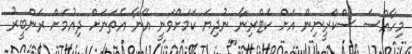
މިހާއްސަ ސްކްރީނިން އަށް ކެޓްރިނާ ނުދިޔަ ކަމަށްވަނީ އޭނާ އެތަނަށް ދިއުމަށް ރަންބީރު